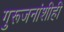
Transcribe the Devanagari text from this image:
गुरूजनांशीही